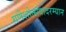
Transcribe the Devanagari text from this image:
गणेशोत्सवादरम्यान